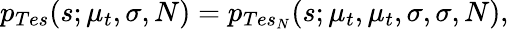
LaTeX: p_{Tes}(s;\mu_{t},\sigma,N)=p_{Tes_{N}}(s;\mu_{t},\mu_{t},\sigma,\sigma,N),